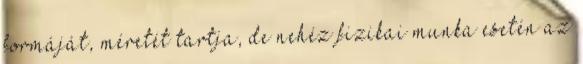
formáját, méretét tartja, de nehéz fizikai munka esetén az